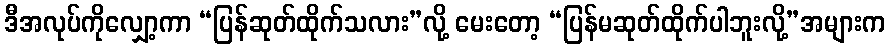
ဒီအလုပ်ကိုလျှော့ကာ “ပြန်ဆုတ်ထိုက်သလား”လို့ မေးတော့ “ပြန်မဆုတ်ထိုက်ပါဘူးလို့”အများက